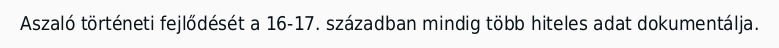
Aszaló történeti fejlődését a 16-17. században mindig több hiteles adat dokumentálja.